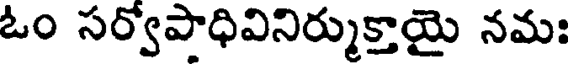
ఓం సర్వోపాధివినిర్ముక్తాయై నమః